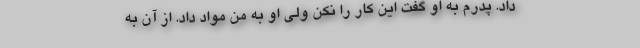
داد. پدرم به او گفت این کار را نکن ولی او به من مواد داد. از آن به